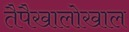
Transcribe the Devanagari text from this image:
तैपैखालोखाल